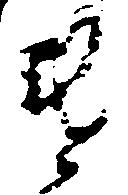
違